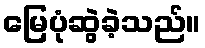
မြေပုံဆွဲခဲ့သည်။